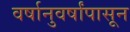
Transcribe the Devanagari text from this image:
वर्षानुवर्षांपासून